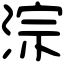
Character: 淙